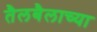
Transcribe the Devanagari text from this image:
तैलबैलाच्या